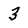
Character: 3